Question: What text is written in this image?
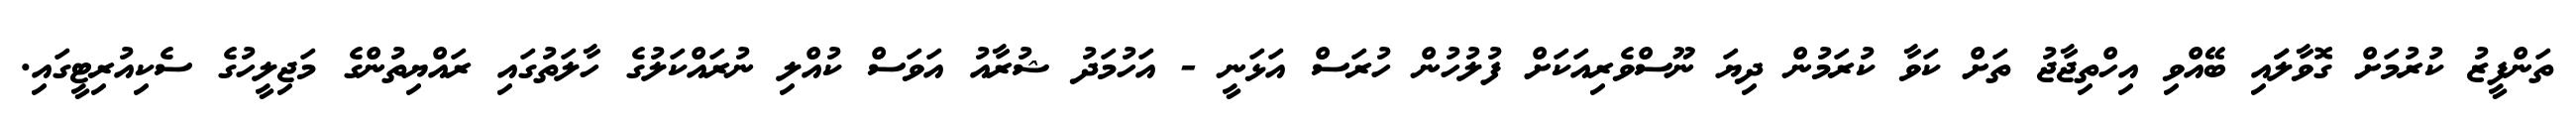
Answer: ތަންފީޒު ކުރުމަށް ގޮވާލަައި ބޭއްވި އިހްތިޖާޖު ތަށް ކަވާ ކުރަމުން ދިޔަ ނޫސްވެރިއަކަށް ފުލުހުން ހުރަސް އަޅަނީ - އަހުމަދު ޝުރާއު އަވަސް ކުއްލި ނުރައްކަލުގެ ހާލަތުގައި ރައްޔިތުންގެ މަޖިލީހުގެ ސެކިއުރިޓީގައި.